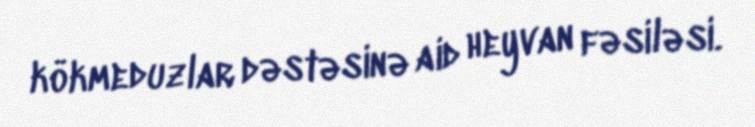
kökmeduzlar dəstəsinə aid heyvan fəsiləsi.